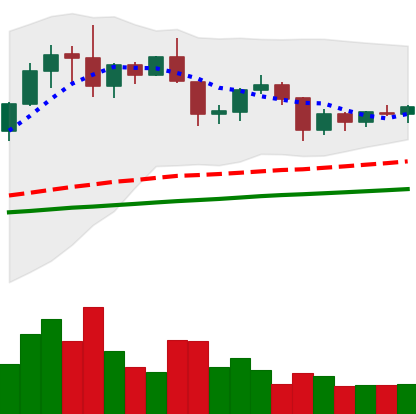
Ticker: XRP-USD
Chart end date: 2019-06-14
Forward return: 7.611%
Label: up_7plus